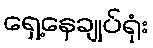
ရှေ့နေချုပ်ရုံး